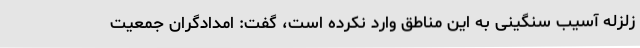
زلزله آسیب سنگینی به این مناطق وارد نکرده است، گفت: امدادگران جمعیت